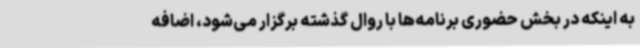
به اینکه در بخش حضوری برنامه‌ها با روال گذشته برگزار می‌شود، اضافه